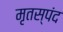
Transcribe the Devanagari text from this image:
मृतस्पंद